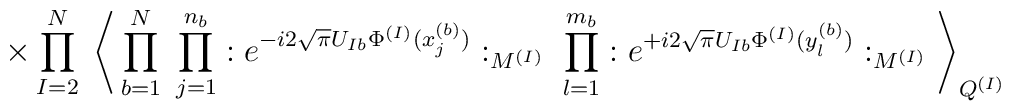
\times \prod_{I=2}^N \;\Bigg\langle\prod_{b=1}^N \; \prod_{j=1}^{n_b} : e^{- i 2 \sqrt{\pi} U_{I b} \Phi^{(I)}(x^{(b)}_j)} :_{M^{(I)}} \; \prod_{l=1}^{m_b} : e^{+ i 2 \sqrt{\pi} U_{I b} \Phi^{(I)}(y^{(b)}_l)} :_{M^{(I)}} \Bigg\rangle_{Q^{(I)}}